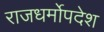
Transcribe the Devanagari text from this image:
राजधर्मोपदेश